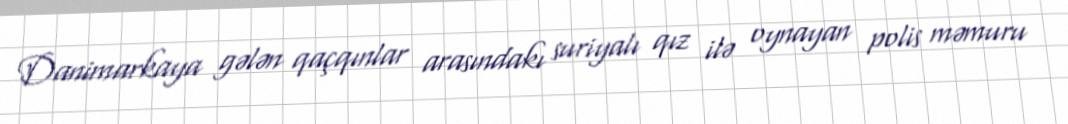
Danimarkaya gələn qaçqınlar arasındakı suriyalı qız ilə oynayan polis məmuru